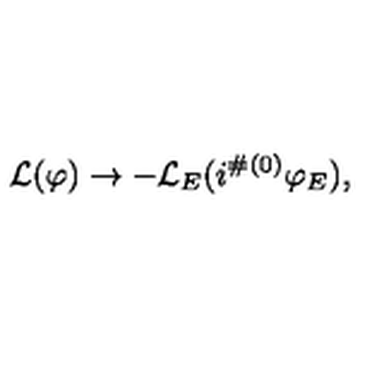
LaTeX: { \cal L } ( \varphi ) \to - { \cal L } _ { E } ( i ^ { \# ( 0 ) } \varphi _ { E } ) ,